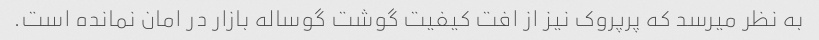
به نظر میرسد که پرپروک نیز از افت کیفیت گوشت گوساله بازار در امان نمانده است.